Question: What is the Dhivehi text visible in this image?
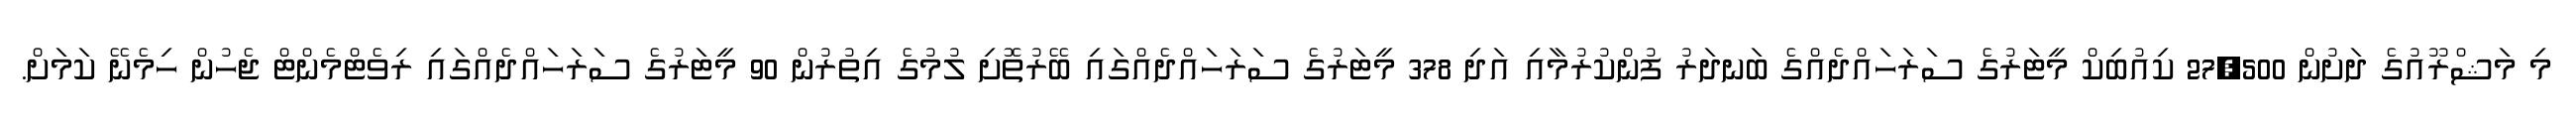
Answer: މި މަޝްރޫއުގެ ދަށުން 27,500 ކިއުބިކް މީޓަރުގެ ސަރަހައްދެއްގެ ބަނދަރު ފުންކުރުމާއި އަދި 378 މީޓަރުގެ ސަރަހައްދެއްގައި ބޭރުތޮށި ލުމުގެ އިތުރުން 90 މީޓަރުގެ ސަރަހައްދެއްގައި ރިވެޓްމެންޓް ޖެހުން ހިމެނޭ ކަމަށް.